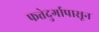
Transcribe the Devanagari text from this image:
फत्तेदुर्गापासून